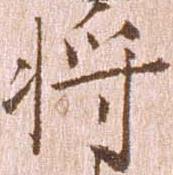
将